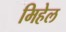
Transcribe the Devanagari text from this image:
मिहेल